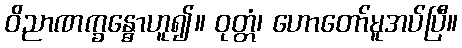
ဝိညာဏက္ခန္ဓောဟူ၍။ ဝုတ္တံ၊ ဟောတော်မူအပ်ပြီ။